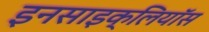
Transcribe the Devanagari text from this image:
इनसाइक्लियॉस